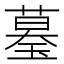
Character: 𦻒